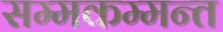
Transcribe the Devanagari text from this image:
सम्मकम्मन्त